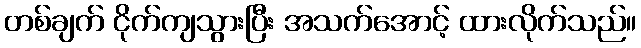
တစ်ချက် ငိုက်ကျသွားပြီး အသက်အောင့် ထားလိုက်သည်။